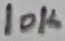
Text: 10K